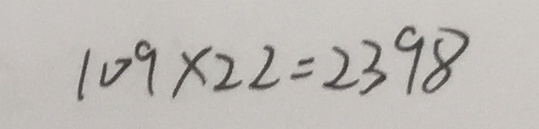
1 0 9 \times 2 2 = 2 3 9 8